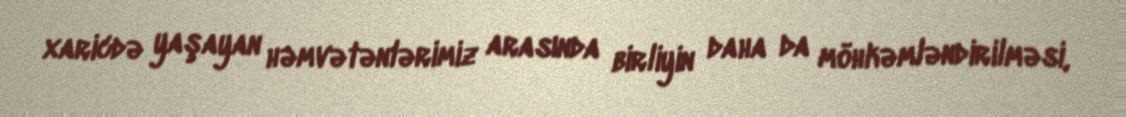
xaricdə yaşayan həmvətənlərimiz arasında birliyin daha da möhkəmləndirilməsi,